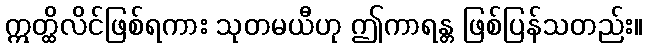
ဣတ္ထိလိင်ဖြစ်ရကား သုတမယီဟု ဤကာရန္တ ဖြစ်ပြန်သတည်း။